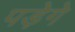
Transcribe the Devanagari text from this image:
पड़ेगे